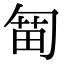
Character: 𠣯